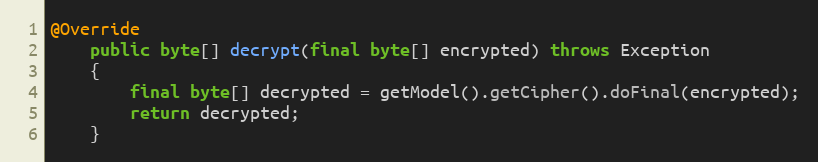
Language: Java
@Override
	public byte[] decrypt(final byte[] encrypted) throws Exception
	{
		final byte[] decrypted = getModel().getCipher().doFinal(encrypted);
		return decrypted;
	}